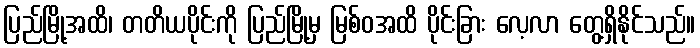
ပြည်မြို့အထိ၊ တတိယပိုင်းကို ပြည်မြို့မှ မြစ်ဝအထိ ပိုင်းခြား လေ့လာ တွေ့ရှိနိုင်သည်။